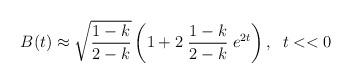
LaTeX: \begin{align*}B(t)\approx\sqrt{\frac{1-k}{2-k}}\left(1+2 \;\frac{1-k}{2-k}\;e^{2t}\right),\;\;t<<0\end{align*}